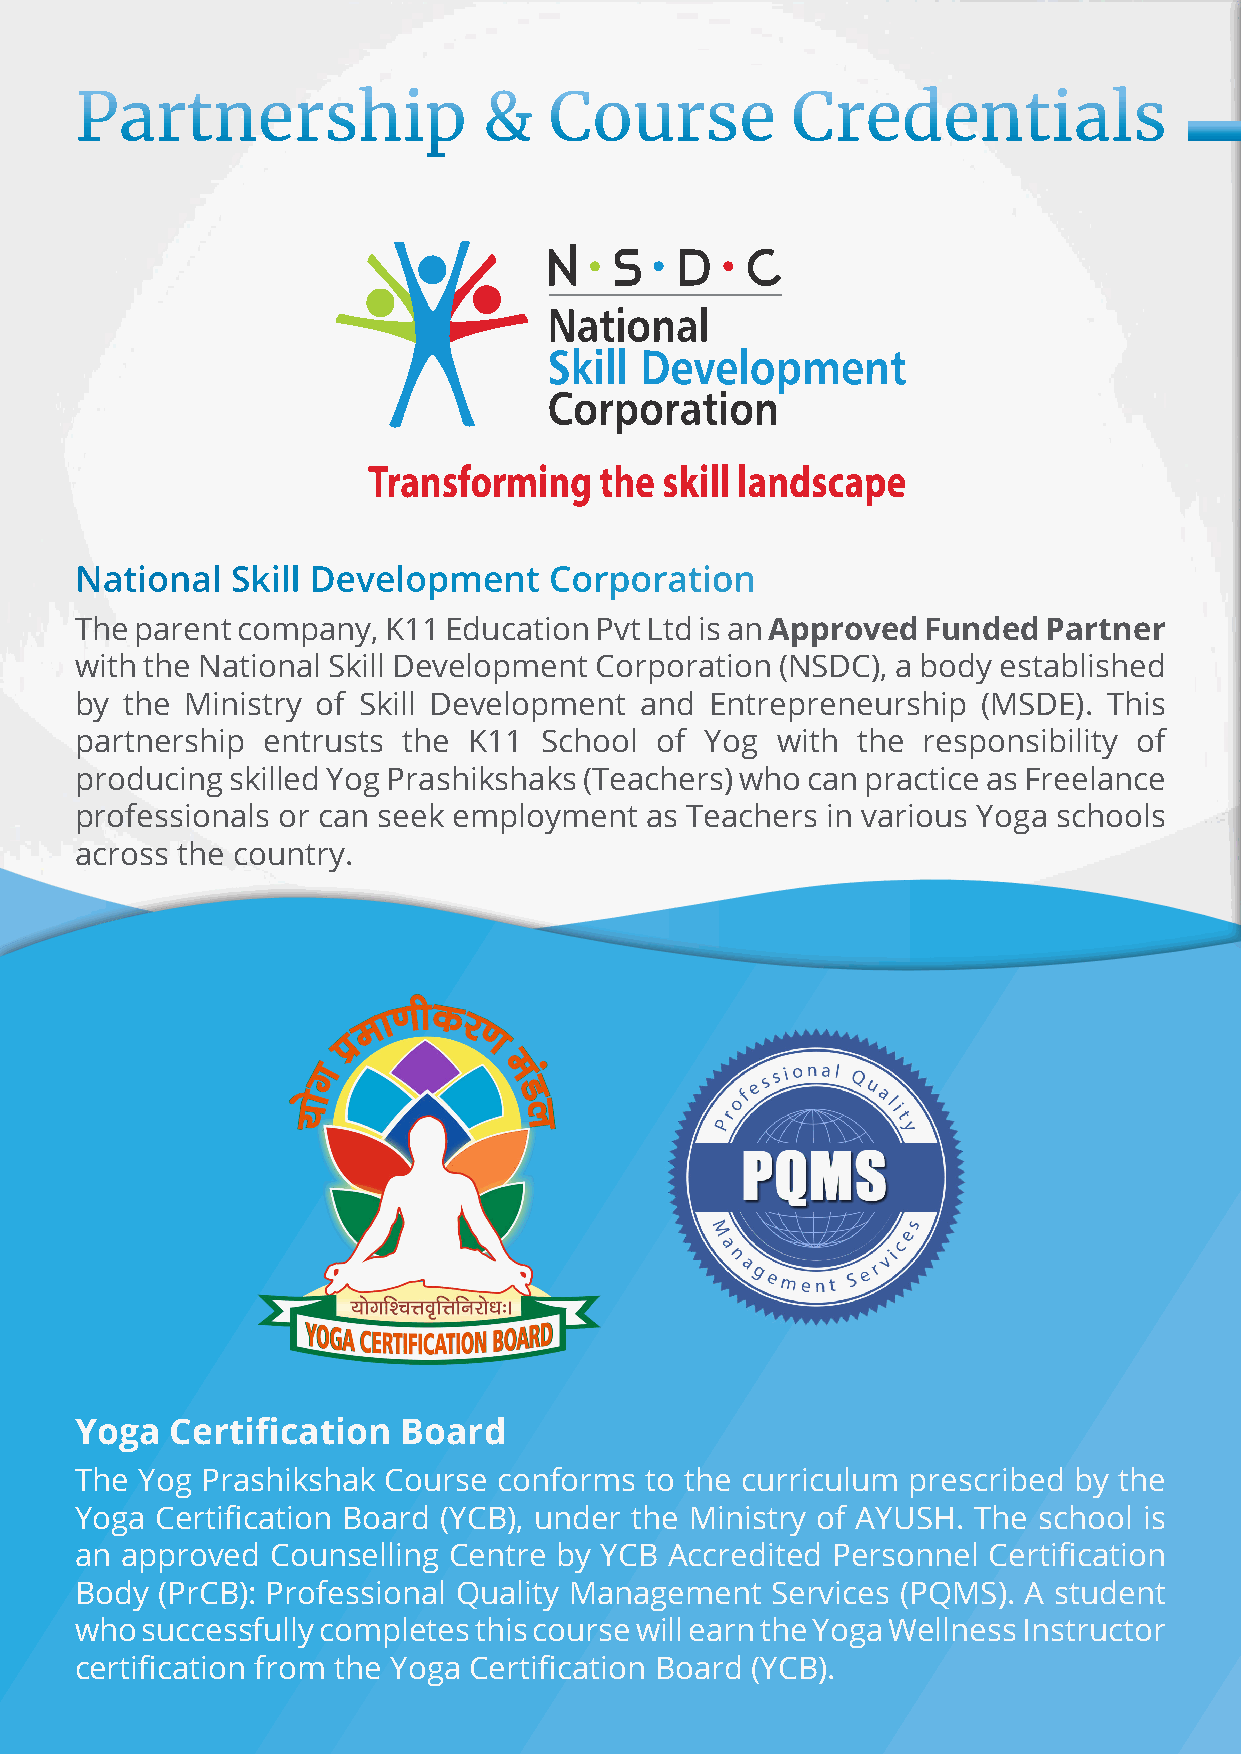
Partnership                &   Course          Credentials
 National  Skill Development    Corporation
 The parent company, K11 Education Pvt Ltd is an Approved Funded Partner
 with the National Skill Development Corporation (NSDC), a body established
 by the Ministry of Skill Development and  Entrepreneurship  (MSDE). This
 partnership entrusts  the K11  School of  Yog with  the responsibility of
 producing skilled Yog Prashikshaks (Teachers) who can practice as Freelance
 professionals or can seek employment  as Teachers in various Yoga schools
 across the country.
 Yoga  Certification  Board
 The Yog Prashikshak  Course conforms  to the curriculum prescribed by the
 Yoga Certification Board (YCB), under the Ministry of AYUSH. The school is
 an approved  Counselling Centre by YCB Accredited Personnel Certification
 Body (PrCB): Professional Quality Management  Services (PQMS). A student
 who successfully completes this course will earn the Yoga Wellness Instructor
 certification from the Yoga Certification Board (YCB).